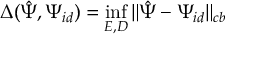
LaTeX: \Delta ( { \hat { \Psi } } , \Psi _ { i d } ) = \operatorname* { i n f } _ { E , D } \| { \hat { \Psi } } - \Psi _ { i d } \| _ { c b }